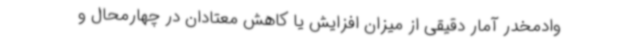
وادمخدر آمار دقیقی از میزان افزایش یا کاهش معتادان در چهارمحال و